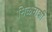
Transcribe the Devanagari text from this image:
मिळेनाशी